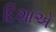
દિશાએ